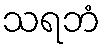
သရဘံ